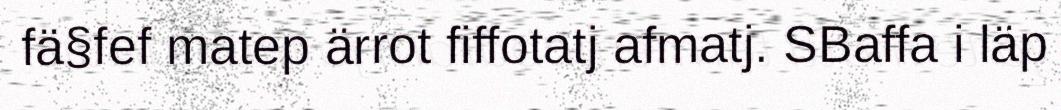
fä§fef matep ärrot fiffotatj afmatj. SBaffa i läp